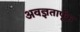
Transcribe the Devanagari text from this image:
अवज्ञतार्पूक